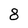
Character: 8